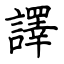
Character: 譯